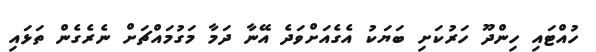
ހުއްޓައި ހިންދޫ ހަރުކަށި ބަޔަކު އެގެއަށްވަދެ އޭނާ ދަމާ މަގުމައްޗަށް ނެރެގެން ތަޅައި